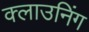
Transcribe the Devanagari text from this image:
क्लाउनिंग